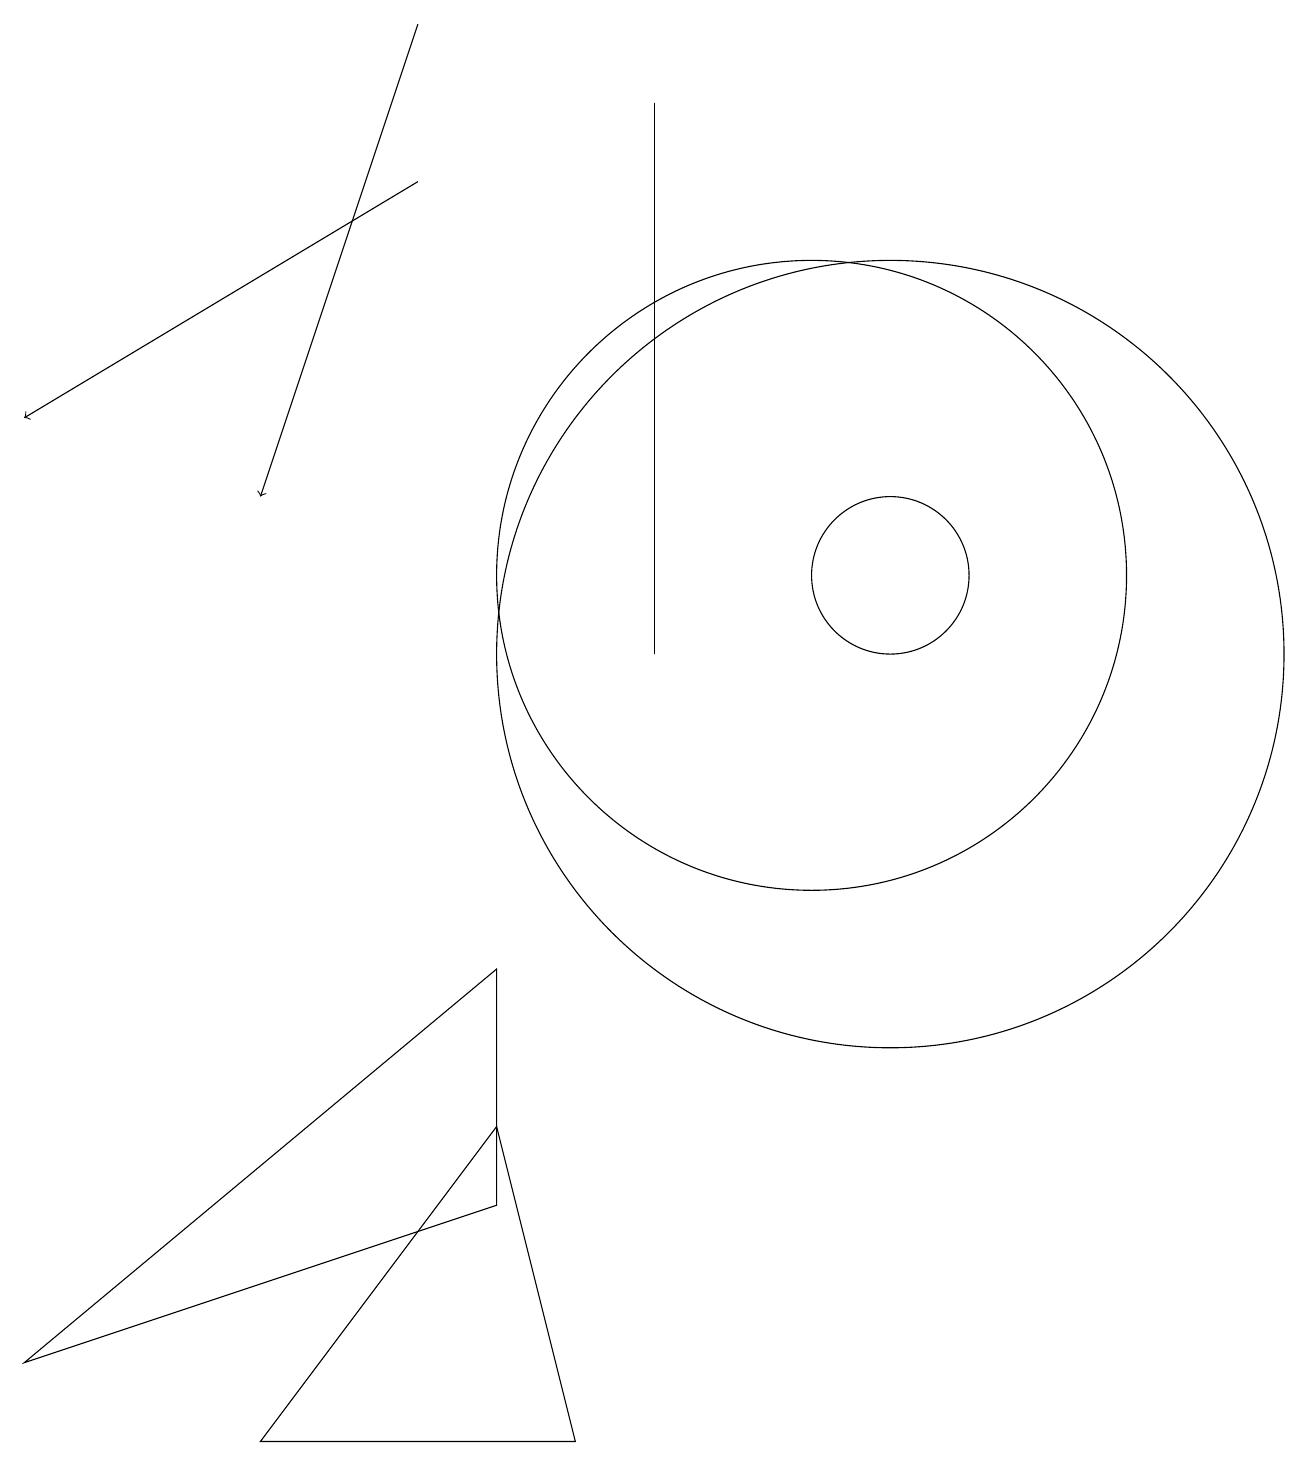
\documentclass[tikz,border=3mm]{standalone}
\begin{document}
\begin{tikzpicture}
\draw (11,10) circle (5);
\draw (10,11) circle (4);
\draw (3,0) -- (6,4) -- (7,0) -- cycle;
\draw (0,1) -- (6,3) -- (6,6) -- cycle;
\draw (11,11) circle (1);
\draw (8,17) rectangle (8,10);
\draw[->] (5,16) -- (0,13);
\draw[->] (5,18) -- (3,12);
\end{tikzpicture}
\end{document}